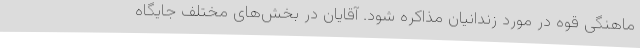
ماهنگی قوه در مورد زندانیان مذاکره شود. آقایان در بخش‌های مختلف جایگاه